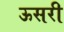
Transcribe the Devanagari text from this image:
ऊसरी